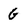
Character: G